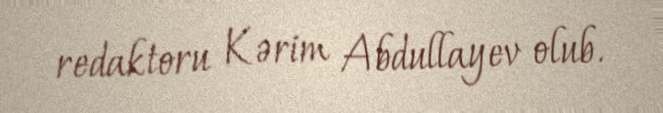
redaktoru Kərim Abdullayev olub.